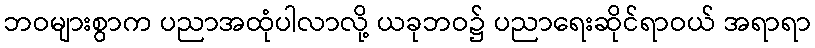
ဘဝများစွာက ပညာအထုံပါလာလို့ ယခုဘဝ၌ ပညာရေးဆိုင်ရာဝယ် အရာရာ